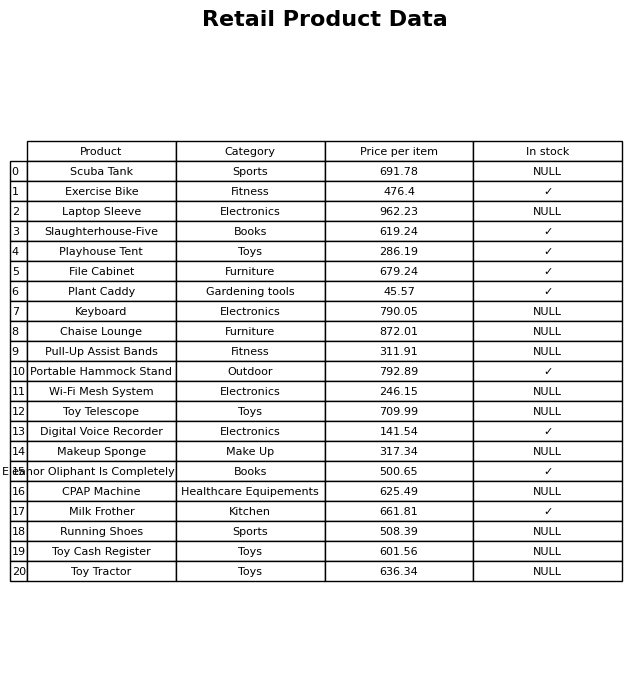
question: What is the stock status of the Toy Tractor?
answer: NULL